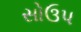
સોઉપ